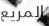
المريع